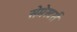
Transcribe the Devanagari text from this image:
सेमेस्टर्स